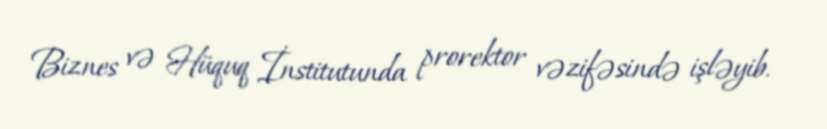
Biznes və Hüquq İnstitutunda prorektor vəzifəsində işləyib.